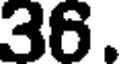
36.